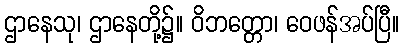
ဌာနေသု၊ ဌာနေတို့၌။ ဝိဘတ္တော၊ ဝေဖန်အပ်ပြီ။